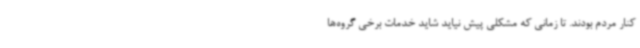
کنار مردم بودند. تا زمانی که مشکلی پیش نیاید شاید خدمات برخی گروه‌ها